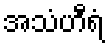
အသံဟီရံ